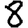
Digit: 8